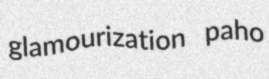
glamourization paho